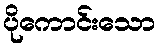
ပိုကောင်းသော